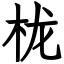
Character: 栊